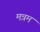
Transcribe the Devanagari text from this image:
मन्रम